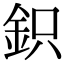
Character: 鉙